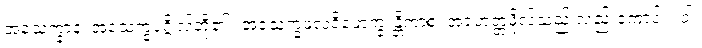
အသေက္ခာနံ၊ အသေက္ခပုဂ္ဂိုလ်တို့၏။ အသေက္ခဖလဝိမောက္ခ န္တိကာစ၊ အရဟတ္တဖိုလ်သည် လည်းကောင်း။ ဝါ၊